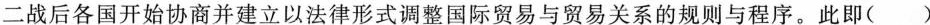
二战后各国开始协商并建立以法律形式调整国际贸易与贸易关系的规则与程序。此即()